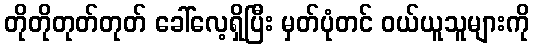
တိုတိုတုတ်တုတ် ခေါ်လေ့ရှိပြီး မှတ်ပုံတင် ဝယ်ယူသူများကို